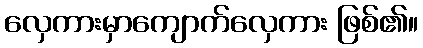
လှေကားမှာကျောက်လှေကား ဖြစ်၏။